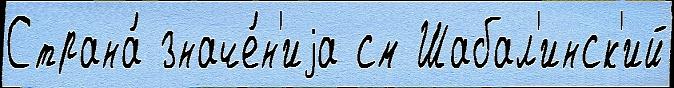
Страна́ значе́н'иjа см Шабал'инск'ий